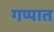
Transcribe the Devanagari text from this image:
गप्पात